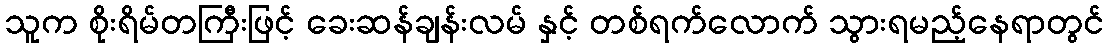
သူက စိုးရိမ်တကြီးဖြင့် ခေးဆန်ချန်းလမ် နှင့် တစ်ရက်လောက် သွားရမည့်နေရာတွင်